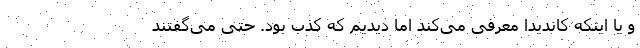
و یا اینکه کاندیدا معرفی می‌کند اما دیدیم که کذب بود. حتی می‌گفتند